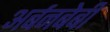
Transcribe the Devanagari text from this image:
अर्बनबेबी